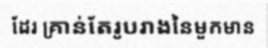
ដែរ គ្រាន់តែរូបរាងនៃមួកមាន